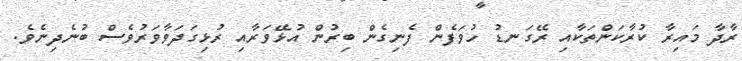
ރާދާ މައިރާ ކުރާކަންތަކާއި ރޭގަނޑު ހުވަފެން ފެނިގެން ބިރުން އުޅޭވަރާއި ރުޅިގަދަވާވަރުވެސް ބުނެދިނެވެ.